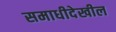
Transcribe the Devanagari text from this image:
समाधीदेखील